Annual statistical returns and brief notes on vaccination in Bengal - 1887-1898
Year: 1887
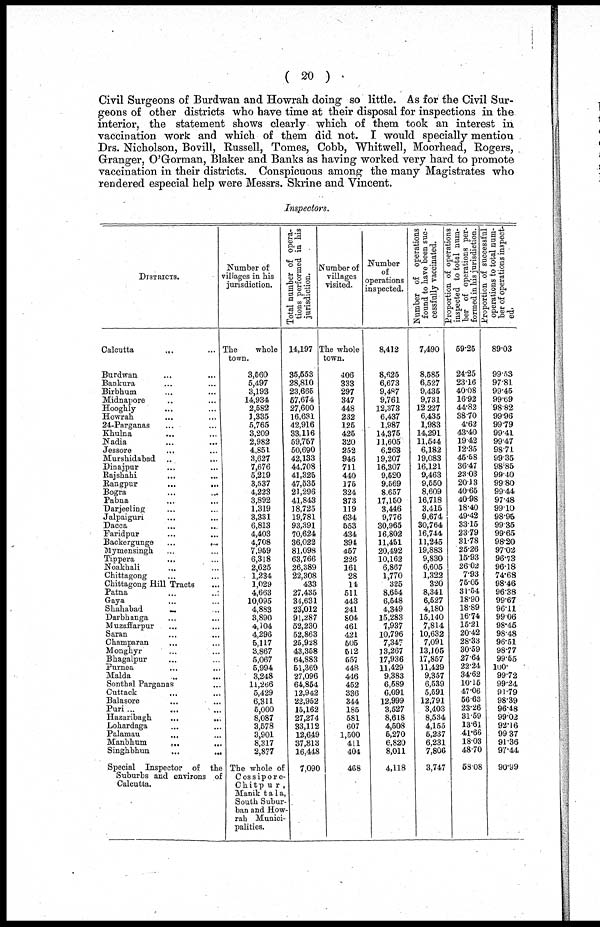
( 20 )
Civil Surgeons of Burdwan and Howrah doing so little. As for the Civil Sur-
geons of other districts who have time at their disposal for inspections in the
interior, the statement shows clearly which of them took an interest in
vaccination work and which of them did not. I would specially mention
Drs. Nicholson, Bovill, Russell, Tomes, Cobb, Whitwell, Moorhead, Rogers,
Granger, O'Gorman, Blaker and Banks as having worked very hard to promote
vaccination in their districts. Conspicuous among the many Magistrates who
rendered especial help were Messrs. Skrine and Vincent.
Inspectors.
DISTRICTS.
Calcutta
... ...
Burdwan ... ...
Bankura ... ...
Birbhum ... ...
Midnapore ... ...
Hooghly ... ...
Howrah ... ...
24-Parganas ... ...
Khulna ... ...
Nadia ... ...
Jessore ... ...
Murshidabad ... ...
Dinajpur ... ...
Rajshahi ... ...
Rangpur ... ...
Bogra ... ...
Pabna ... ...
Darjeeling ... ...
Jalpaiguri ... ...
Dacca ... ...
Faridpur ... ...
Backergunge
...
...
Mymensingh ... ...
Tippera ... ...
Noakhali ... ...
Chittagong ... ...
Chittagong Hill Tracts ...
Patna
...
...
Gaya ... ...
Shahabad ... ...
Darbhanga ... ...
Muzaffarpur ... ...
Saran ... ...
Champaran ... ...
Monghyr ... ...
Bhagalpur ... ...
Purnea ... ...
Malda ... ...
Sonthal Parganas ... ...
Cuttack ... ...
Balasore ... ...
Puri ... ... ...
Hazaribagh ... ...
Lohardaga ... ...
Palamau ... ...
Manbhum
...
...
Singhbhun
...
...
Special Inspector of the
Suburbs and environs of
Calcutta.
Number of
villages in his
jurisdiction.
The
whole
town.
3,560
5,497
3,193
14,934
2,582
1,335
5,765
3,209
2,982
4,851
3,627
7,676
5,219
3,537
4,223
3,892
1,319
3,331
6,813
4,403
4,708
7,959
6,318
2,625
1,234
1,029
4,663
10,095
4,883
3,890
4,104
4,296
5,117
3,867
5,067
5,994
3,248
11,266
5,429
6,311
5,000
8,087
3,578
3,901
8,317
2,877
The whole of
Cossipore¬
Chitpur,
Manik tala,
South Subur-
ban and How¬
rab Munici-
palities.
Total number of opera-
tions performed in his
jurisdiction.
14,197
35,553
28,810
23,665
57,674
27,600
16,631
42,916
33,116
59,767
50,690
42,133
44,708
41,326
47,536
21,296
41,843
18,725
19,781
93,391
70,624
36,022
81,098
63,766
26,389
22,308
433
27,485
34,631
23,012
91,287
52,230
52,863
25,928
43,358
64,883
51,369
27,096
64,854
12,942
22,952
15,162
27,274
33,112
12,649
37,813
16,448
7,090
Number of
villages
visited.
The whole
town.
406
333
297
347
448
232
126
425
320
252
946
711
440
175
324
873
119
634
553
434
394
457
226
161
28
14
511
443
241
804
461
421
505
512
557
448
446
452
336
344
185
581
607
1,500
411
404
468
Number
of
operations
inspected.
8,412
8,625
6,673
9,487
9,761
12,373
6,437
1,987
14,375
11,605
6,263
19,207
16,307
9,520
9,669
8,657
17,160
3,446
9,776
30,965
16,802
11,451
20,492
10,162
6,867
1,770
325
8,654
6,648
4,349
15,283
7,937
10,796
7,347
13,267
17,936
11,429
9,383
6,589
6,091
12,999
3,527
8,618
4,508
5,270
6,820
8,011
4,118
Number of operations
found to have been suc-
cessfully vaccinated.
7,490
8,585
6,527
9,435
9,731
12,227
6,435
1,983
14,291
11,544
6,182
19,083
16,121
9,463
9,550
8,609
16,718
3,415
9,674
30,764
16,744
11,245
19,883
9,830
6,605
1,322
320
8,341
6,527
4,180
15,140
7,814
10,632
7,091
13,105
17,857
11,429
9,357
6,539
5,591
12,791
3,403
8,534
4,155
5,237
6,231
7,806
3,747
Proportion of operations
inspected to total num-
ber of operations per-
formed in his jurisdiction.
59.25
24.25
23.16
40.08
16.92
44.82
38.70
4.62
43.40
19.42
12.35
45.58
36.47
23.03
20.13
40.65
40.98
18.40
49.42
33.15
23.79
31.78
25.26
15.93
26.02
7.93
75.05
31.54
18.90
18.89
16.74
15.21
20.42
28.33
30.59
27.64
22.24
34.62
10.15
47.06
56.63
23.26
31.59
13.61
41.66
18.03
48.70
58.08
Proportion of successful
operations to total num-
ber of operations inspect-
ed.
89.03
99.53
97.81
99.45
99.69
98.82
99.96
99.79
99.41
99.47
98.71
99.35
98.85
99.40
99.80
99.44
97.48
99.10
98.95
99.35
99.65
98.20
97.02
96.73
96.18
74.68
98.46
96.38
99.67
96.11
99.06
98.46
98.48
96.51
98.77
99.55
100.
99.72
99.24
91.79
98.39
96.48
99.02
92.16
99.37
91.36
97.44
90.99